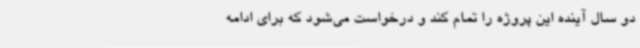
دو سال آینده این پروژه را تمام کند و درخواست می‌شود که برای ادامه